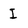
Character: I